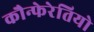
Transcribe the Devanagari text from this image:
कौन्फेरेतियो